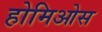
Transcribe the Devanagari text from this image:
होमिओस